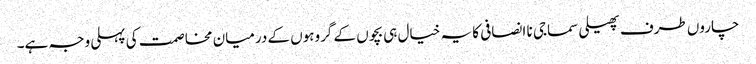
چاروں طرف پھیلی سماجی نا انصافی کا یہ خیال ہی بچوں کے گروہوں کے درمیان مخاصمت کی پہلی وجہ ہے۔